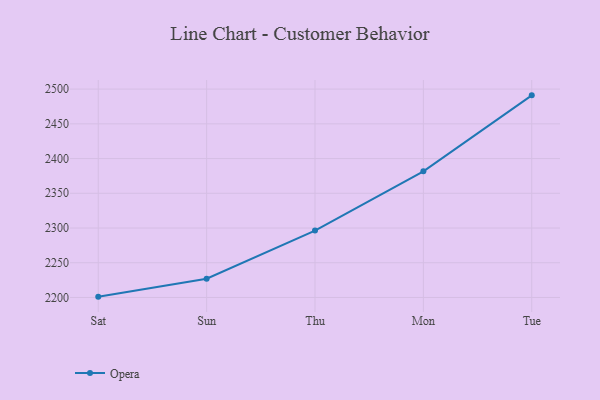
{"axis": {"x": "Day", "y": "Inventory Turnover"}, "legend": ["Opera"], "data": [{"x": "Sat", "y": 2201.2, "type": "Opera"}, {"x": "Sun", "y": 2227.0, "type": "Opera"}, {"x": "Thu", "y": 2296.3, "type": "Opera"}, {"x": "Mon", "y": 2381.6, "type": "Opera"}, {"x": "Tue", "y": 2491.0, "type": "Opera"}]}